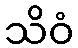
သိဝံ